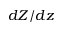
d Z / d z